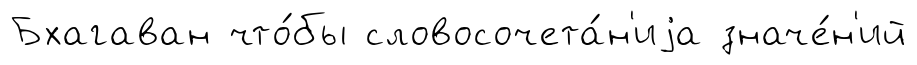
Бхагаван что́бы словосочета́н'иjа значе́н'ий